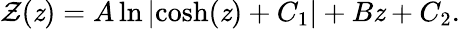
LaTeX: \mathcal{Z}(\mathit{z})=A\ln\left|\cosh(\mathit{z})+C_{1}\right|+B\mathit{z}+C_{2}.